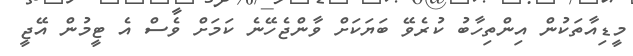
މީޑިއާތަކުން އިންތިހާބު ކުރެވޭ ބަޔަކަށް ވާންޖެހޭނެ ކަމަށް ވެސް އެ ޓީމުން އޭޖީ